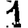
Digit: 1